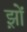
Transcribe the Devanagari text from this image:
झ़ों